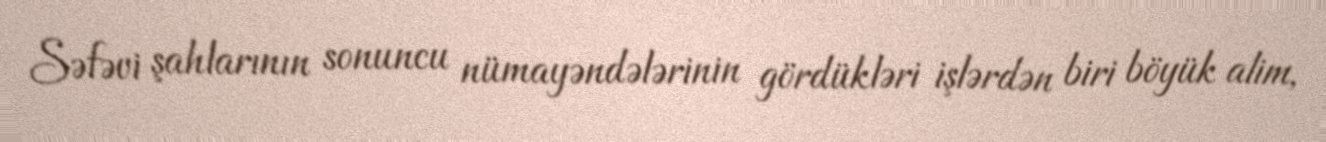
Səfəvi şahlarının sonuncu nümayəndələrinin gördükləri işlərdən biri böyük alim,